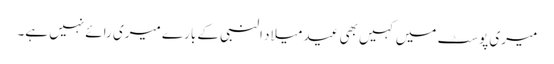
میری پوسٹ میں کہیں بھی عید میلاد النبی کے بارے میری رائے نہیں ہے۔